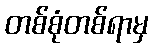
တစ်စုံတစ်ရာမှ